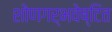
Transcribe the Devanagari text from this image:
शोणगर्भवेष्टित